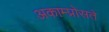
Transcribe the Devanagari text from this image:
अकाम्प्रोसते